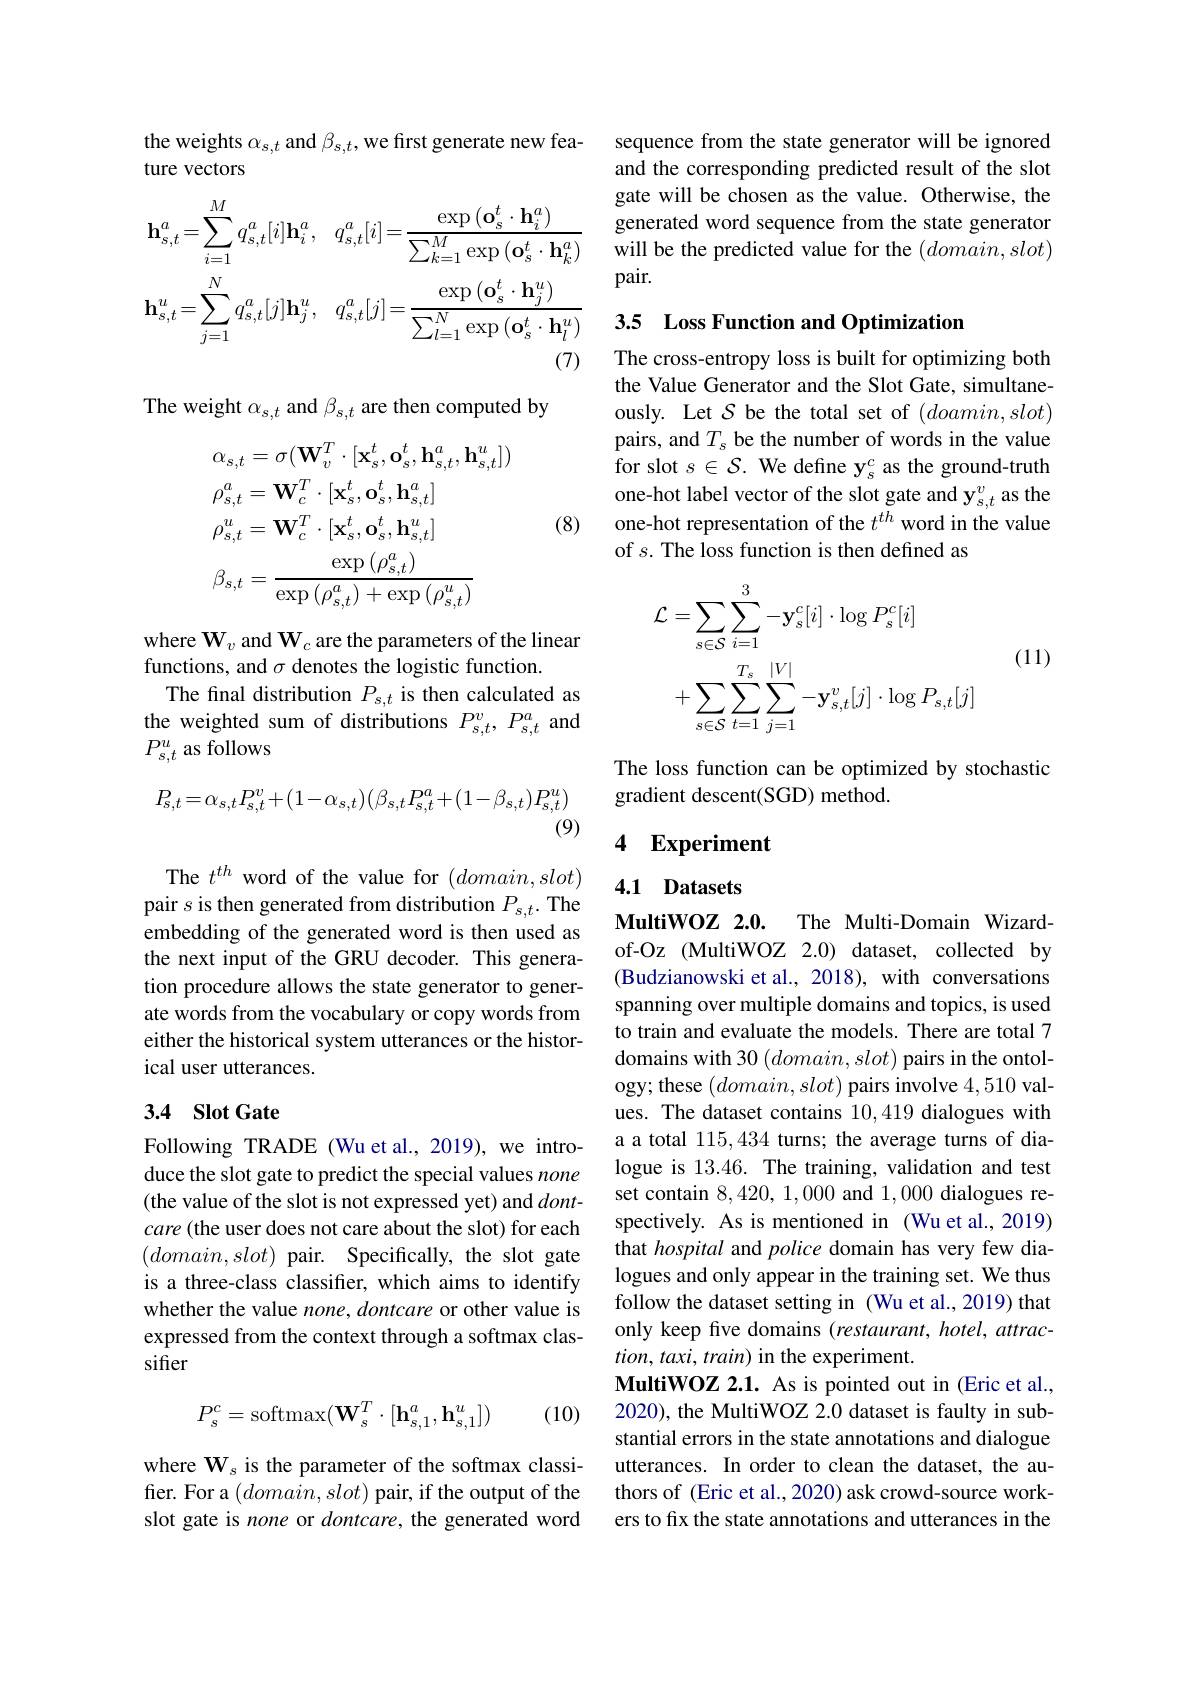
the weights $\alpha_{s,t}$ and $\beta_{s,t}$, we first generate new fea-
ture vectors
$$\mathbf{h}_{s,t}^{a}=\sum_{i=1}^{M}q_{s,t}^{a}[i]\mathbf{h}_{i}^{a},\quad q_{s,t}^{a}[i]=\frac{\exp\left(\mathbf{o}_{s}^{t}\cdot\mathbf{h}_{i}^{a}\right)}{\sum_{k=1}^{M}\exp\left(\mathbf{o}_{s}^{t}\cdot\mathbf{h}_{k}^{a}\right)}\\\mathbf{h}_{s,t}^{u}=\sum_{j=1}^{N}q_{s,t}^{a}[j]\mathbf{h}_{j}^{u},\quad q_{s,t}^{a}[j]=\frac{\exp\left(\mathbf{o}_{s}^{t}\cdot\mathbf{h}_{j}^{u}\right)}{\sum_{l=1}^{N}\exp\left(\mathbf{o}_{s}^{t}\cdot\mathbf{h}_{l}^{u}\right)}$$
The weight $\alpha_{s,t}$ and $\beta_{s,t}$ are then computed by

(8)
$$\begin{aligned}&\alpha_{s,t}=\sigma(\mathbf{W}_{v}^{T}\cdot[\mathbf{x}_{s}^{t},\mathbf{o}_{s}^{t},\mathbf{h}_{s,t}^{a},\mathbf{h}_{s,t}^{u}])\\&\rho_{s,t}^{a}=\mathbf{W}_{c}^{T}\cdot[\mathbf{x}_{s}^{t},\mathbf{o}_{s}^{t},\mathbf{h}_{s,t}^{a}]\\&\rho_{s,t}^{u}=\mathbf{W}_{c}^{T}\cdot[\mathbf{x}_{s}^{t},\mathbf{o}_{s}^{t},\mathbf{h}_{s,t}^{u}]\\&\beta_{s,t}=\frac{\exp\left(\rho_{s,t}^{a}\right)}{\exp\left(\rho_{s,t}^{a}\right)+\exp\left(\rho_{s,t}^{u}\right)}\end{aligned}$$
where $\mathbf{W}_v$ and $\mathbf{W}_c$ are the parameters of the linear
functions, and $\sigma$ denotes the logistic function.
The final distribution $P_{s,t}$ is then calculated as the weighted sum of distributions $P_{s,t}^{v},P_{s,t}^{a}$ and $P_{s,t}^u$ as follows
$$P_{s,t}=\alpha_{s,t}P_{s,t}^{v}+(1-\alpha_{s,t})(\beta_{s,t}P_{s,t}^{a}+(1-\beta_{s,t})P_{s,t}^{u})$$
(9)

The $t^{th}$ word of the value for $(domain,slot)$ pair $s$ is then generated from distribution $P_s,t.$ The embedding of the generated word is then used as the next input of the GRU decoder. This generation procedure allows the state generator to generate words from the vocabulary or copy words from either the historical system utterances or the historical user utterances.

## 3.4 Slot Gate

Following TRADE (Wuet al., 2019), we introduce the slot gate to predict the special values none (the value of the slot is not expressed yet) and $dont-$ care (the user does not care about the slot) for each $(domain,slot)$ pair. Specifically, the slot gate is a three-class classifier, which aims to identify whether the value none, dontcare or other value is expressed from the context through a softmax classifier
$$P_s^c=\mathrm{softmax}(\mathbf{W}_s^T\cdot[\mathbf{h}_{s,1}^a,\mathbf{h}_{s,1}^u])$$
(10)

where $\mathbf{W}_s$ is the parameter of the softmax classifier. For a $(domain,slot)$ pair, if the output of the slot gate is none or dontcare, the generated word

sequence from the state generator will be ignored and the corresponding predicted result of the slot gate will be chosen as the value. Otherwise, the generated word sequence from the state generator will be the predicted value for the $(domain,slot)$ pair.

## 3.5 Loss Function and Optimization

The cross-entropy loss is built for optimizing both the Value Generator and the Slot Gate, simultaneously. Let $S$ be the total set of $(doamin,slot)$ pairs, and $T_s$ be the number of words in the value for slot $s\in\mathcal{S}.$ We define y$_s^c$ as the ground-truth one-hot label vector of the slot gate and $\mathbf{y}_{s,t}^{v}$ as the one-hot representation of the $t^{th}$ word in the value of $s.$ The loss function is then defined as
$$\begin{aligned}\mathcal{L}&=\sum_{s\in\mathcal{S}}\sum_{i=1}^{3}-\mathbf{y}_{s}^{c}[i]\cdot\log P_{s}^{c}[i]\\&+\sum_{s\in\mathcal{S}}\sum_{t=1}^{T_{s}}\sum_{j=1}^{|V|}-\mathbf{y}_{s,t}^{v}[j]\cdot\log P_{s,t}[j]\end{aligned}$$
(11)

The loss function can be optimized by stochastic
gradient descent(SGD) method.

### 4 Experiment

# 4.1 Datasets

MultiWOZ 2.0. The Multi-Domain Wizardof-Oz (MultiWOZ 2.0) dataset, collected by (Budzianowski et al., 2018), with conversations spanning over multiple domains and topics, is used to train and evaluate the models. There are total 7 domains with 30 $(domain,slot)$ pairs in the ontology; these $(domain,slot)$ pairs involve 4,510 values. The dataset contains 10,419 dialogues with a a total 115,434 turns; the average turns of dialogue is 13.46. The training, validation and test set contain 8,420,1,000 and 1,000 dialogues respectively. As is mentioned in (Wu et al., 2019) that hospital and police domain has very few dialogues and only appear in the training set. We thus follow the dataset setting in (Wu et al., 2019) that only keep five domains (restaurant, hotel, attrac- $tion,taxi,train)$ in the experiment.
MultiWOZ 2.1. As is pointed out in (Eric et al., 2020), the MultiWOZ 2.0 dataset is faulty in substantial errors in the state annotations and dialogue utterances. In order to clean the dataset, the authors of (Eric et al., 2020) ask crowd-source workers to fix the state annotations and utterances in the